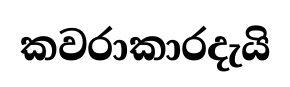
කවරාකාරදැයි